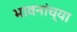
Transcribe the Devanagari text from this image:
भावनांच्या